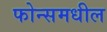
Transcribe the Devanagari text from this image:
फोन्समधील